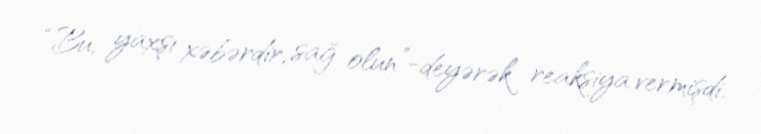
“Bu, yaxşı xəbərdir, sağ olun”-deyərək reaksiya vermişdi.